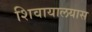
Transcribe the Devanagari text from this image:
शिवायालयास